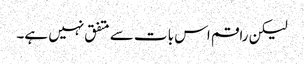
لیکن راقم اس بات سے متفق نہیں ہے۔